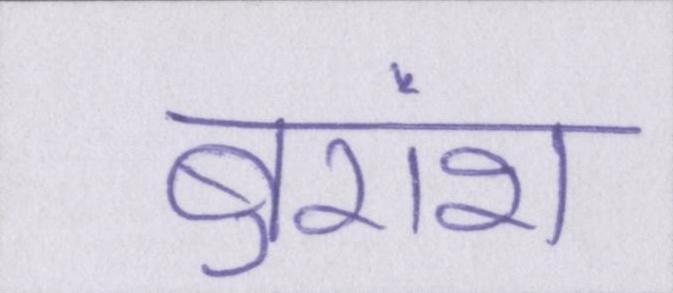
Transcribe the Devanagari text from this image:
बुरांश